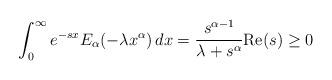
LaTeX: \begin{align*}\int_0^\infty e^{-sx} E_\alpha(-\lambda x^\alpha) \,dx &= \frac{s^{\alpha-1}}{\lambda+s^\alpha} {\rm Re}(s)\ge0\end{align*}